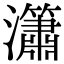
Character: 𤄙